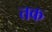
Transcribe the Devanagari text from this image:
त्तक